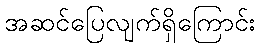
အဆင်ပြေလျက်ရှိကြောင်း